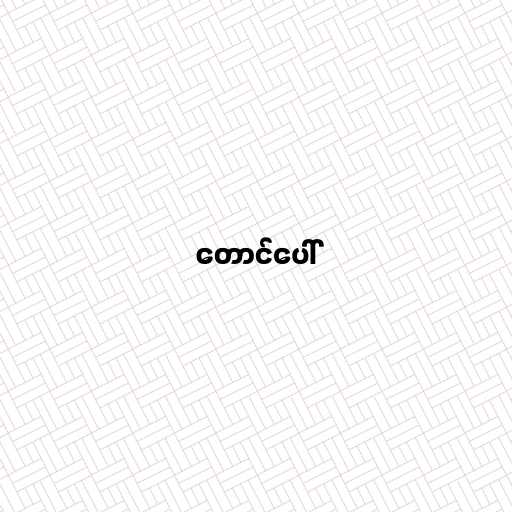
တောင်ပေါ်